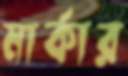
মার্কার